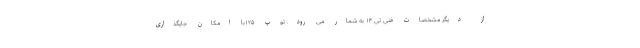
از دیگر مشخصات فنی تی ۱۴ به شمار می رود. توپ ۱۲۵با امکان جایگذاری